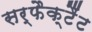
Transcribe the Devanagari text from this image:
सर्फैक्टैंट